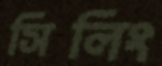
সিলিং